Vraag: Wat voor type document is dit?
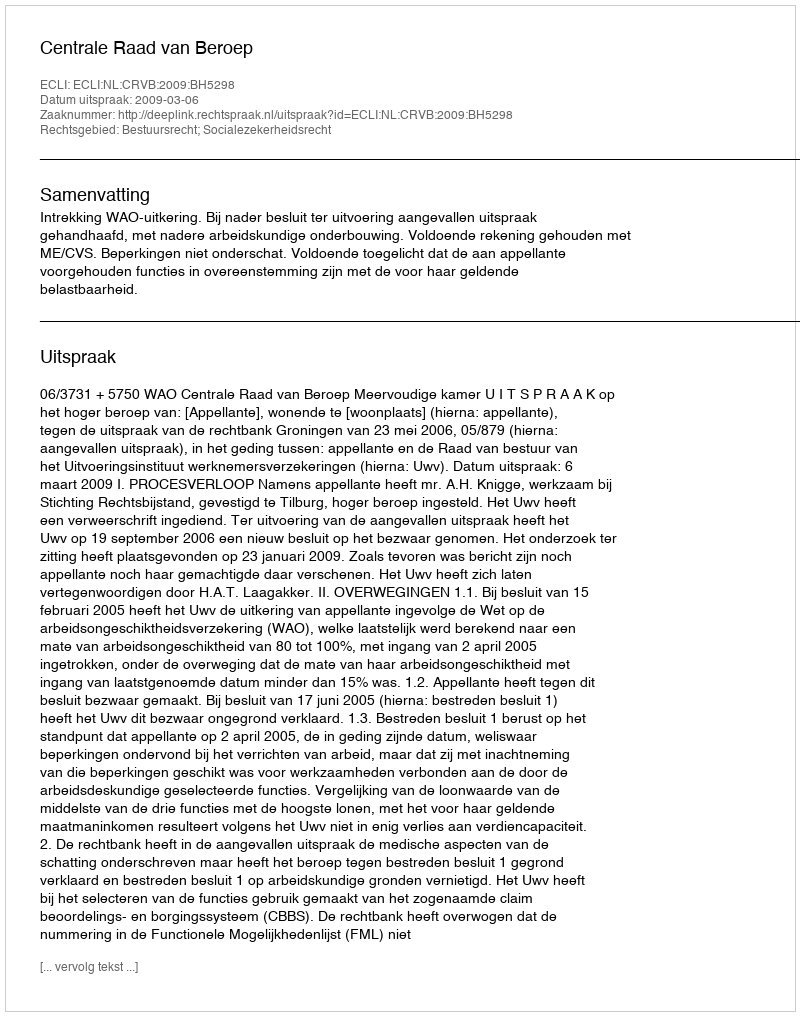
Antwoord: Uitspraak